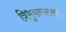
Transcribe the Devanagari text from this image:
त्रिभुवनमल्‍ला